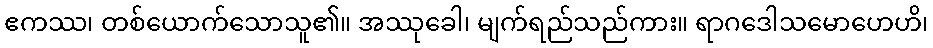
ဧကဿ၊ တစ်ယောက်သောသူ၏။ အဿုခေါ၊ မျက်ရည်သည်ကား။ ရာဂဒေါသမောဟေဟိ၊